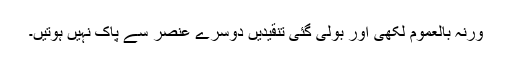
ورنہ بالعموم لکھی اور بولی گئی تنقیدیں دوسرے عنصر سے پاک نہیں ہوتیں۔